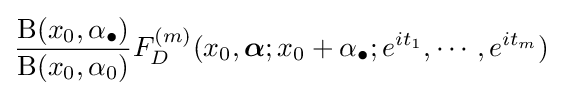
{\frac {\mathrm {B} (x_{0},\alpha _{\bullet })}{\mathrm {B} (x_{0},\alpha _{0})}}F_{D}^{(m)}(x_{0},{\boldsymbol {\alpha }};x_{0}+\alpha _{\bullet };e^{it_{1}},\cdots ,e^{it_{m}})